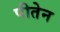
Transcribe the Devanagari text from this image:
पीतेन